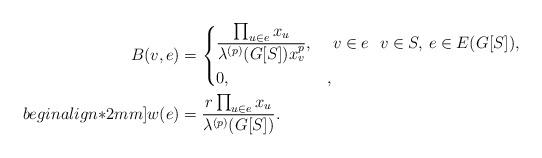
LaTeX: \begin{align*}B(v,e) & =\begin{dcases}\frac{\prod_{u\in e}x_u}{\lambda^{(p)}(G[S]) x_v^p}, & ~v\in e~~ v\in S,\, e\in E(G[S]),\\0, & ,\end{dcases}\\begin{align*}2mm]w(e) & =\frac{r\prod_{u\in e}x_u}{\lambda^{(p)}(G[S])}.\end{align*}